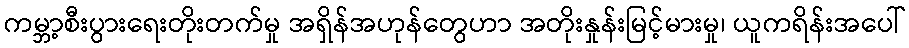
ကမ္ဘာ့စီးပွားရေးတိုးတက်မှု အရှိန်အဟုန်တွေဟာ အတိုးနှုန်းမြင့်မားမှု၊ ယူကရိန်းအပေါ်